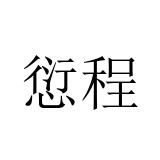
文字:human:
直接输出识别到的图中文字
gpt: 愆程